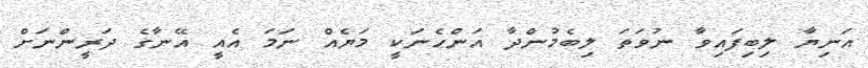
އަނިޔާ ލިބިފައިވާ ނުވަތަ ލިބެމުންދާ އަންހެނަކީ މަޔެއް ނަމަ އެއީ އޭނާގެ ދަރީންނަށް